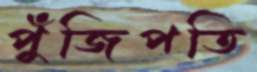
পুঁজিপতি